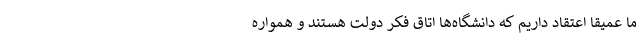
ما عمیقاً اعتقاد داریم که دانشگاه‌ها اتاق فکر دولت هستند و همواره